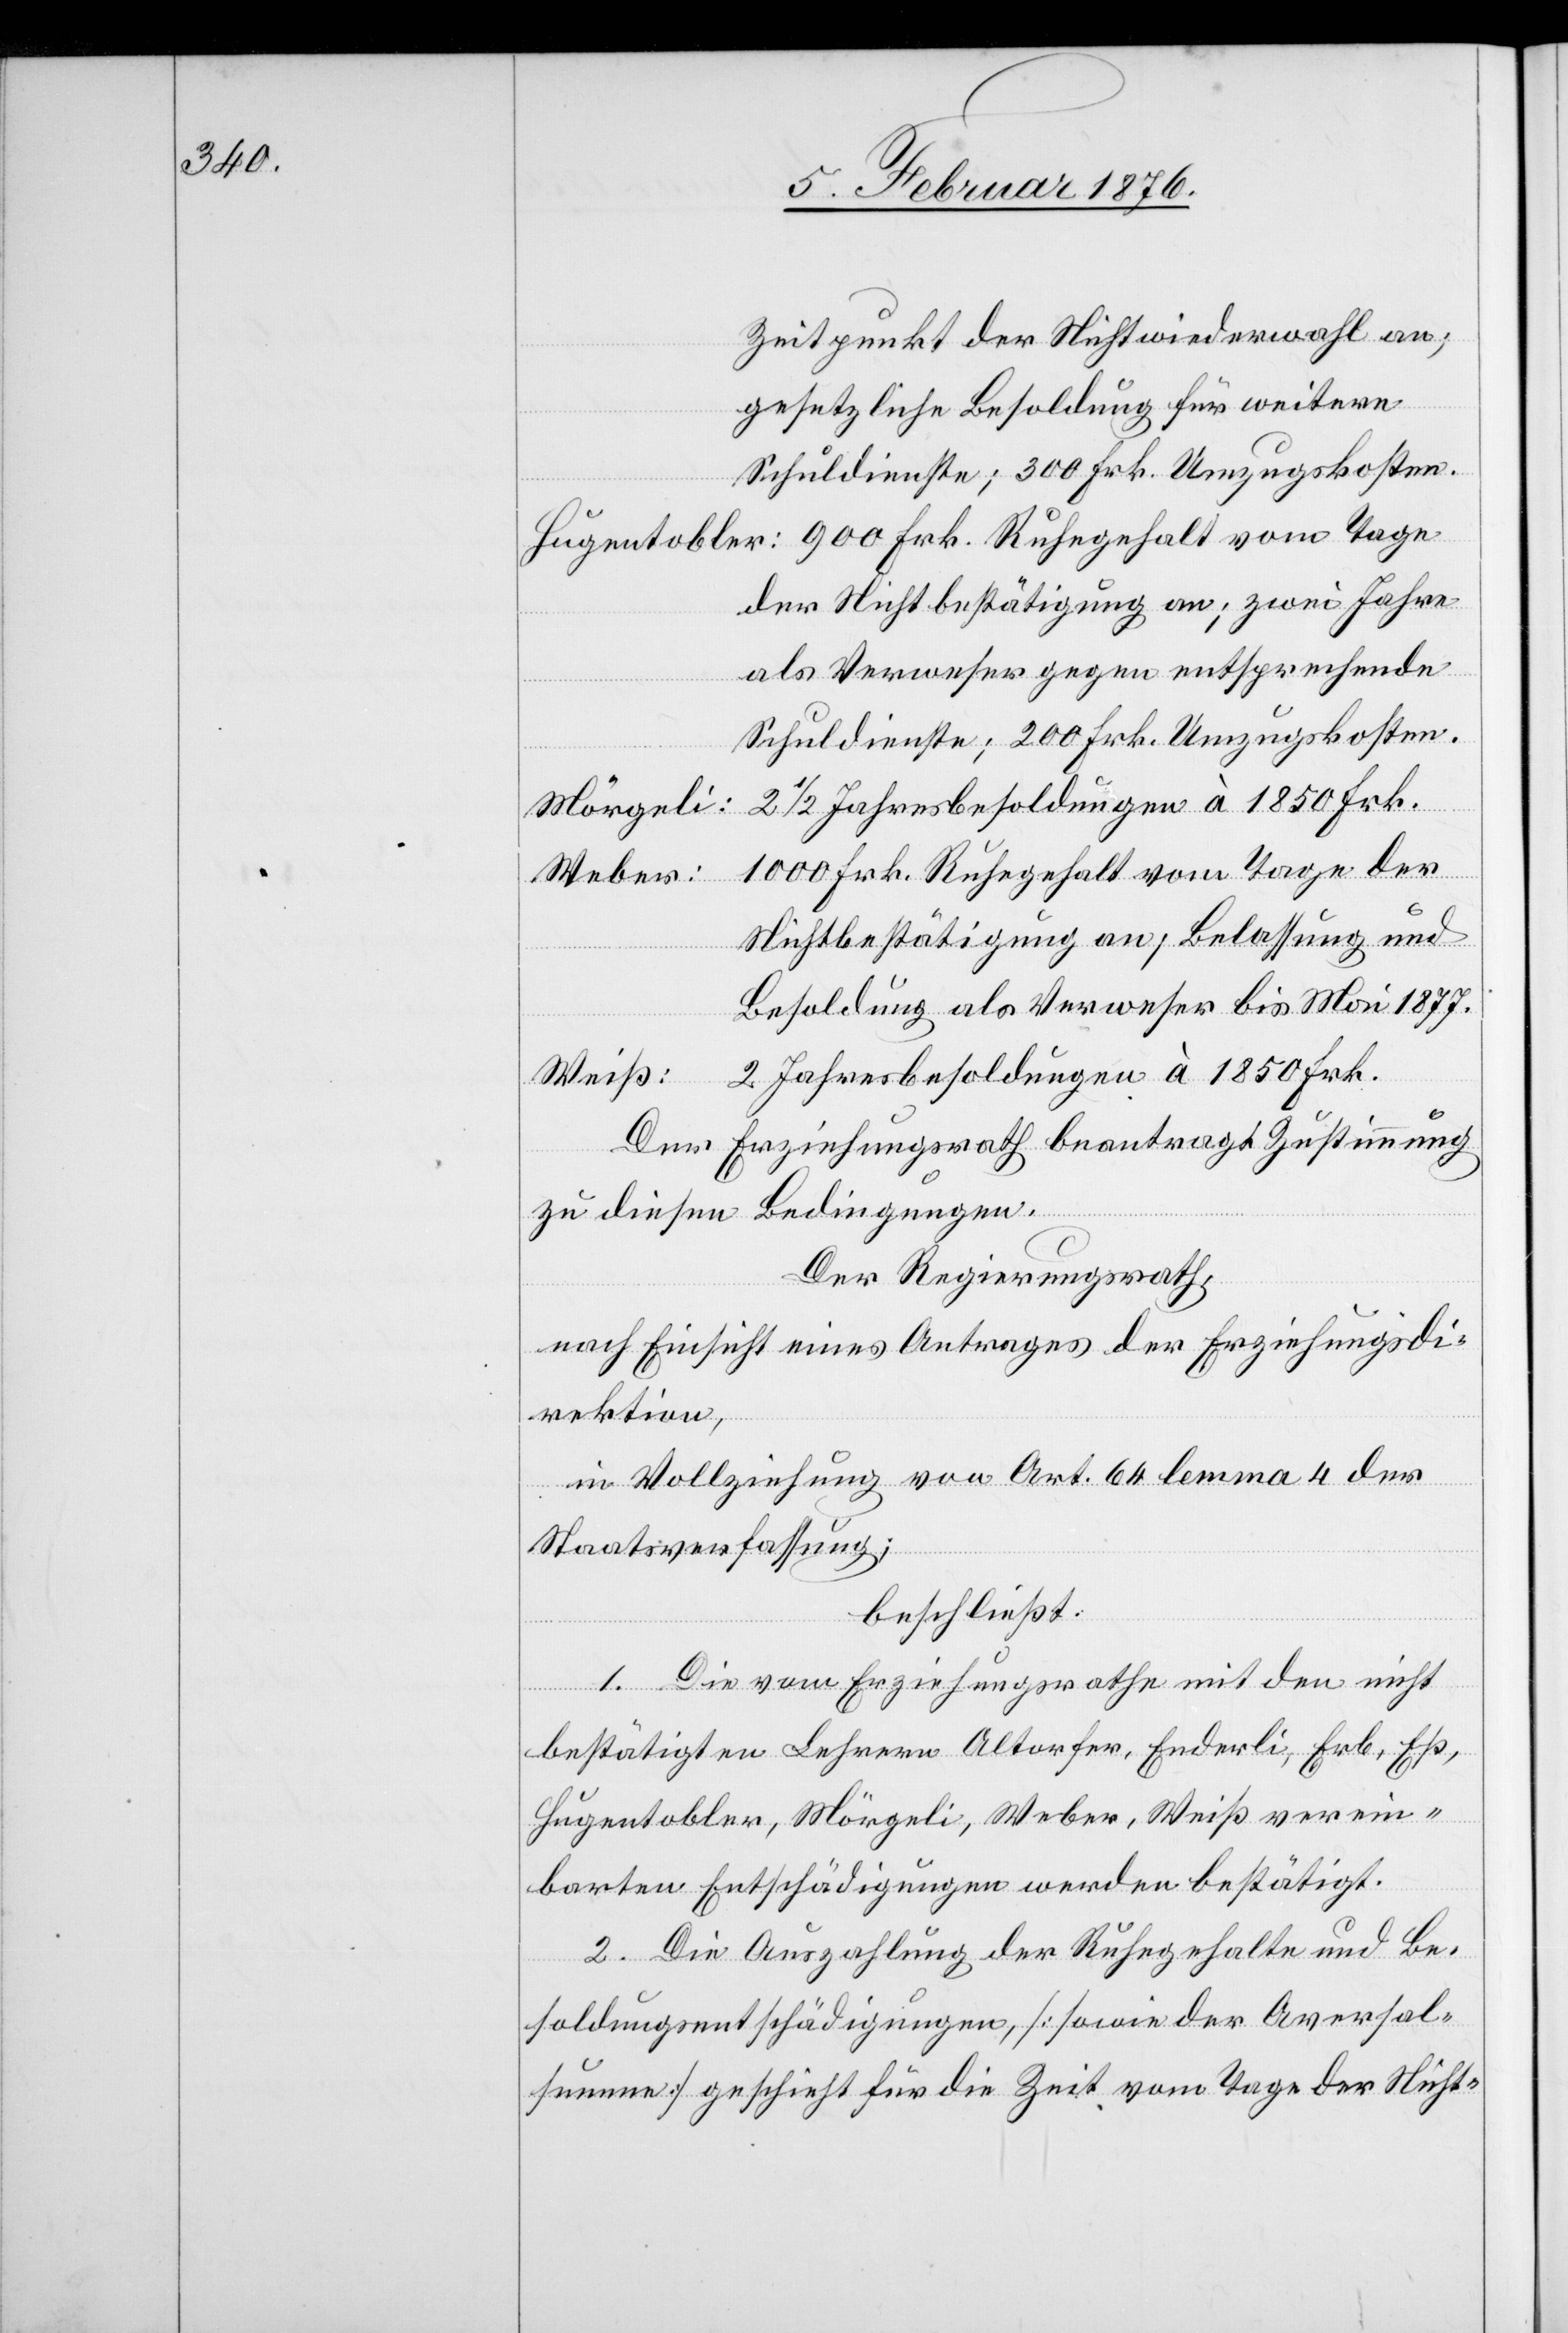
Zeitpunkt der Nichtwiederwahl an;
toble¬
gesetzliche Besoldung für weitere
Schuldienste; 300 Frk. Umzugskosten.
r Nichtbestätigung an; zwei Jahre
als Verweser gegen entsprechende
Schuldienste; 200 Frk. Umzugskosten.
2 Jahresbesoldungen à 1850 Frk.
Mörgeli:
r:
1000 Frk. Ruhegehalt vom Tage der
Weber:
Nichtbestätigung an, Belassung und
Besoldung als Verweser bis Mai 1877.
Weiß:
Der Erziehungsrath beantragt Zustimmung
zu diesen Bedingungen.
Der Regierungsrath,
nach Einsicht eines Antrages der Erziehungsdi¬
rektion,
in Vollziehung von Art. 64 Lemma 4 der
Staatsverfassung;
beschließt:
1. Die vom Erziehungsrathe mit den nicht
bestätigten Lehrern Altorfer, Enderli, Erb, Eß,
Hugentobler, Mörgeli, Weber, Weiß verein¬
barten Entschädigungen werden bestätigt.
2. Die Auszahlung der Ruhegehalte und Be¬
soldungsentschädigungen, [sowie der Aversal¬
summe] geschieht für die Zeit vom Tage der Nicht-